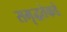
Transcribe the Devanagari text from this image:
समृद्धतेकडे